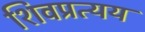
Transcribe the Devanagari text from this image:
शिवप्रत्यय